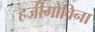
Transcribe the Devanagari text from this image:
हर्जीगोविना